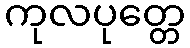
ကုလပုတ္တေ